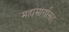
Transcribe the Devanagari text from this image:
महामार्गासह